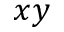
x y